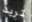
تريد